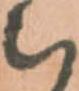
被